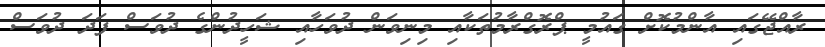
ރާއްޖޭގައި އާންމުކޮށް ގައުމީ ޕްރޮގްރާމުތަކާއި މިނިވަން ދުވަހާއި ޝަހީދުންގެ ދުވަސް ފަދަ ދުވަސް